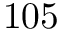
1 0 5